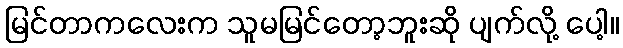
မြင်တာကလေးက သူမမြင်တော့ဘူးဆို ပျက်လို့ ပေါ့။